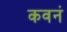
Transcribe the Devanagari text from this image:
कवनं